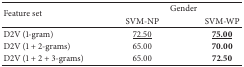
| <ROWSPAN=2> Feature set | <COLSPAN=2> Gender |
 | SVM-NP | SVM-WP |
 | --- | --- | --- |
 | D2V (1-gram) | <underline>72.50</underline> | <underline>75.00</underline> |
 | D2V (1 + 2-grams) | 65.00 | 70.00 |
 | D2V (1 + 2 + 3-grams) | 65.00 | 72.50 |